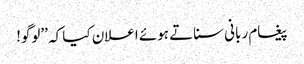
پیغام ربانی سناتے ہوئے اعلان کیا کہ ’’لوگو!